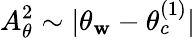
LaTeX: A_{\theta}^{2}\sim|\theta_{\mathbf{w}}-\theta_{c}^{(1)}|